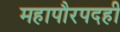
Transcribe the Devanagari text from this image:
महापौरपदही